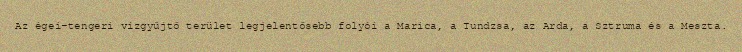
Az égei-tengeri vízgyűjtő terület legjelentősebb folyói a Marica, a Tundzsa, az Arda, a Sztruma és a Meszta.